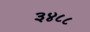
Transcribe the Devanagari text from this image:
३४८८